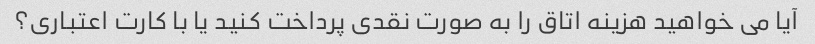
آیا می خواهید هزینه اتاق را به صورت نقدی پرداخت کنید یا با کارت اعتباری؟